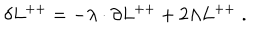
\delta L ^ { + + } = - \lambda \cdot \partial L ^ { + + } + 2 \Lambda L ^ { + + } \; .